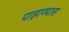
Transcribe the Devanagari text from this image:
पाहाण्यास